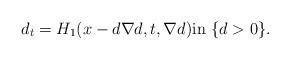
LaTeX: \begin{align*} d_t=H_1(x-d \nabla d,t, \nabla d) \mbox{in} \ \{ d>0 \}.\end{align*}